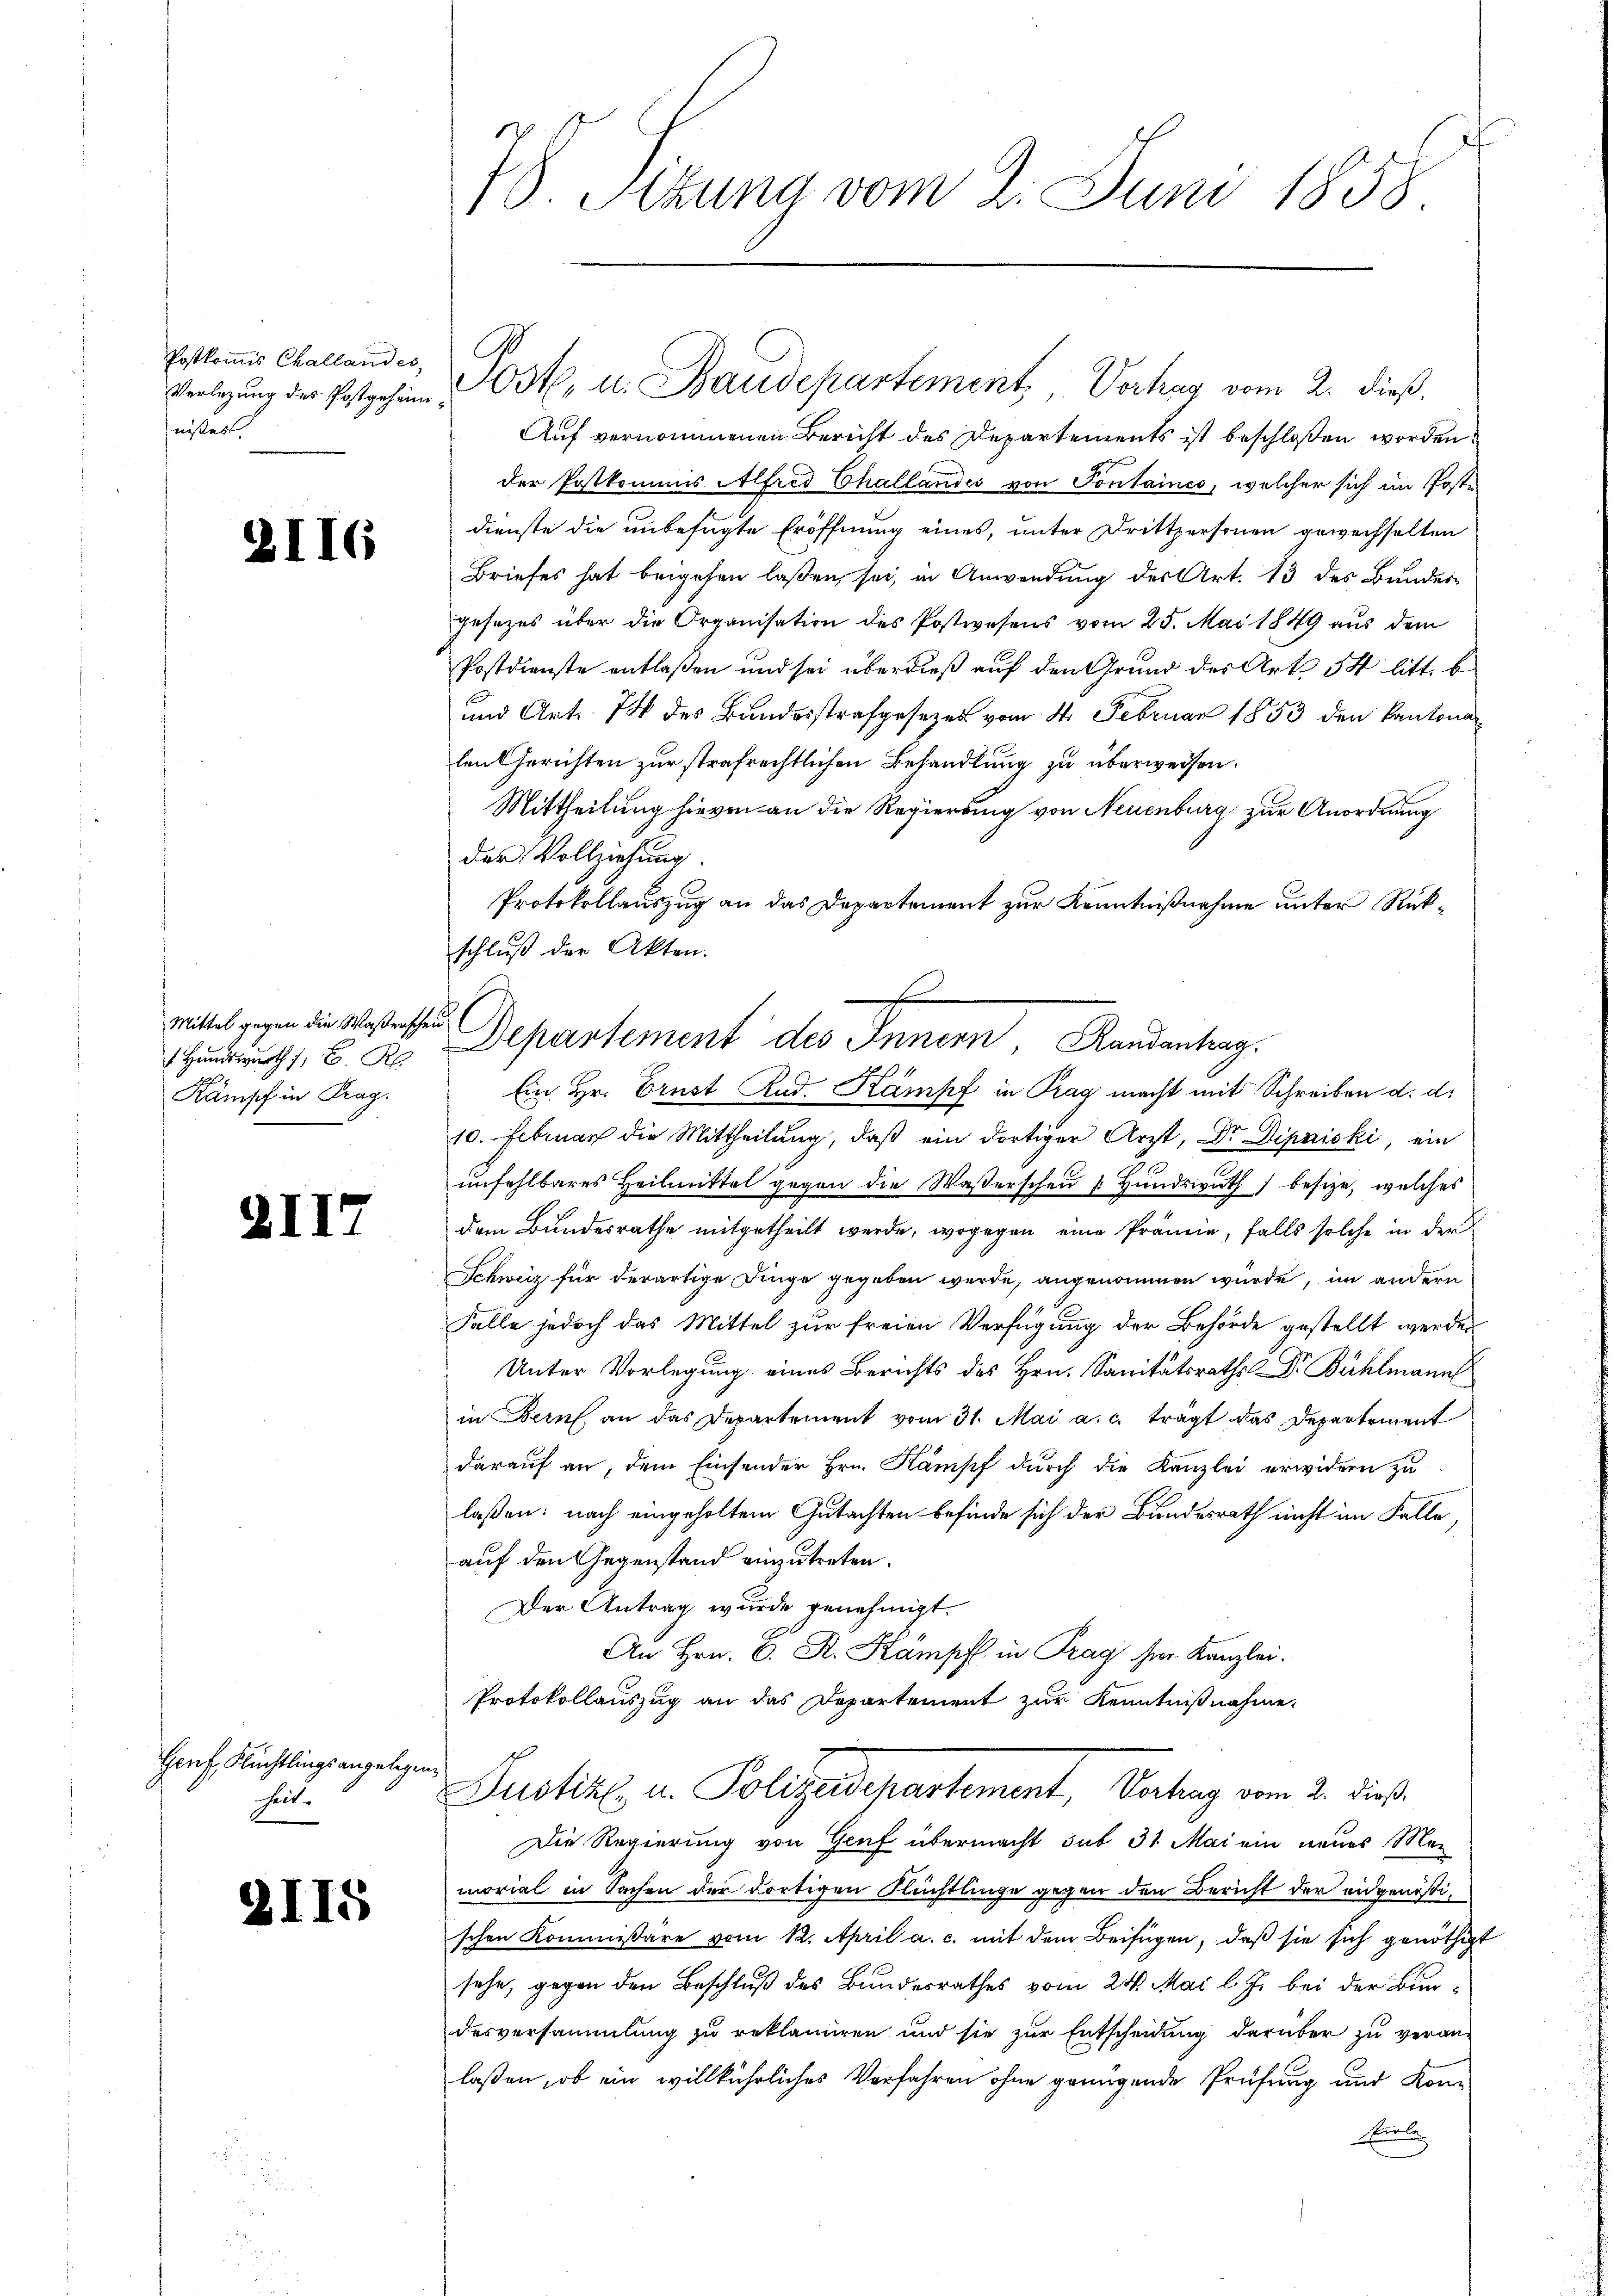
Postkommis Challandes,
Verlegung des Postgeheimnißes.

2116

Mittel gegen die Waßerscheu¬
1 Handswurth , C. R.
Kämpf in Prag.

.

s

II

Hanf, Flüchtlings angelegenheit.

II5

78. Sizung vom 2. Juni 1858

Poste, u. Baudepartement, Verhag vom 2. dieß.
Auf vernommenen Bericht des Departements ist beschloßen worden.
der Postkommis Alfred Challandes von Pontaines, welcher sich im Postdienste die unbefugte Eröffnung eines, unter Drittpersonen gewechselten
Briefes hat beigehen laßen, sei, in Anwendung des Art. 13 des Bundesgesezes über die Organisation des Postwesens vom 25. Mai 1849 aus dem
Postdienste entlaßen und sei überdieß auf den Grund der Art 5 litt. b.
und Art. 74 des Bundesstrafgesezes vom 4. Februar 1853 den Kantona
lenberichten zur strafrechtlichen Behandlung zu überweisen.
Mittheilung hievon an die Regierung von Neuenburg zur Anordnung
der Vollziehung.
Protokollauszug an das Departement zur Kenntnißnahme unter Rükschluß der Akten.
Ein Hr. Ernst Rud. Kampf in Prag macht mit Schreiben d. d.
10. Februar die Mittheilung, daß ein dortiger Arzt, Dr. Dipnicki, ein
unfehlbares Heilmittel gegen die Wasserschen Hundswuth besize, welches
dem Bundesrathe mitgetheilt werde, wogegen eine Prämie, falls solche in der
Schweiz für derartige Dinge gegeben wurde, angenommen würde, im andern
Falle jedoch das Mittel zur freien Verfügung der Behörde gestellt werden
Unter Vorlegung eines Berichts des Hrn. Sanitätsraths Dr. Bühlmann
in Bern an das Departement vom 31. Mai a.c. tragt das Departement
darauf an, dem Einsender Hrn. Kampf durch die Kanzlei erwidern zu
laßen: nach eingeholtem Gutachten befinde sich der Bundesrath nicht im Falle
auf den Gegenstand einzutreten.
Der Antrag wurde genehmigt.
An Hrn. C. R. Kampf in Prag hier Kanzlei.
Protokollauszug an das Departement zur Kenntnißnahme
Justiz u. Polizeidepartement, Vorhang vom 2. dieß.
Die Regierung von Genf übermacht sub 31 Mai ein neues Men
morial in Sachen der dortigen Flüchtlinge gegen den Bericht der eidgenößischen Kommissäre vom 12. April a. c. mit dem Beifügen, daß sie sich genöthigt
sehe, gegen den Beschluß des Bundesrathes vom 24. Mai l. J. bei der Bundesversammlung zu reklamiren und sie zur Entscheidung darüber zu veran-
laßen, ob ein willkührliches Vorfahren ohne genügende Prüfung und Kon¬
Einbe

Departement des Innern Randentrag